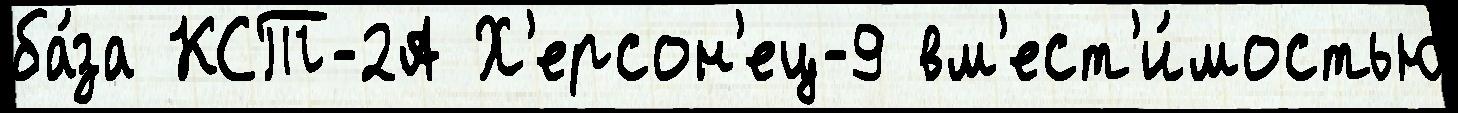
ба́за КСТ-2А Х'ерсон'ец-9 вм'ест'и́мостью